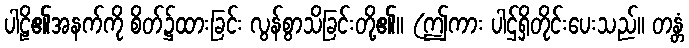
ပါဠိ၏အနက်ကို စိတ်၌ထားခြင်း လွန်စွာသိခြင်းတို့၏။ (ဤကား ပါဌ်ရှိတိုင်းပေးသည်။ တန္တံ